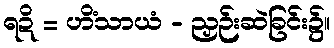
ရဍိ = ဟိံသာယံ - ညှဉ်းဆဲခြင်း၌။